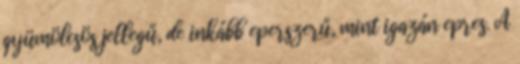
gyümölcsös jellegű, de inkább eperszerű, mint igazán epres. A